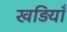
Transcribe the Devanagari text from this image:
खड़ियाँ